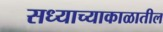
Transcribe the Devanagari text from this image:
सध्याच्याकाळातील